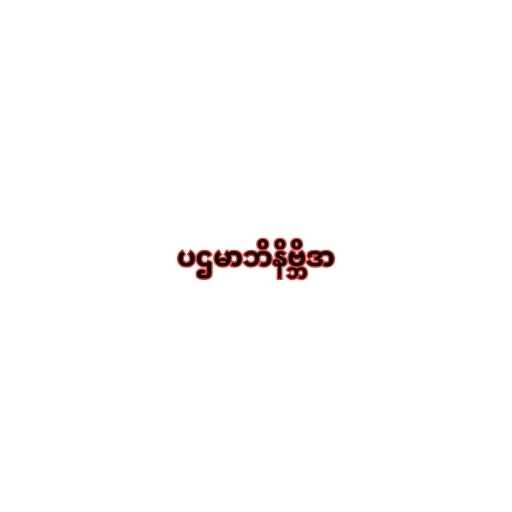
ပဌမာဘိနိဗ္ဘိဒာ